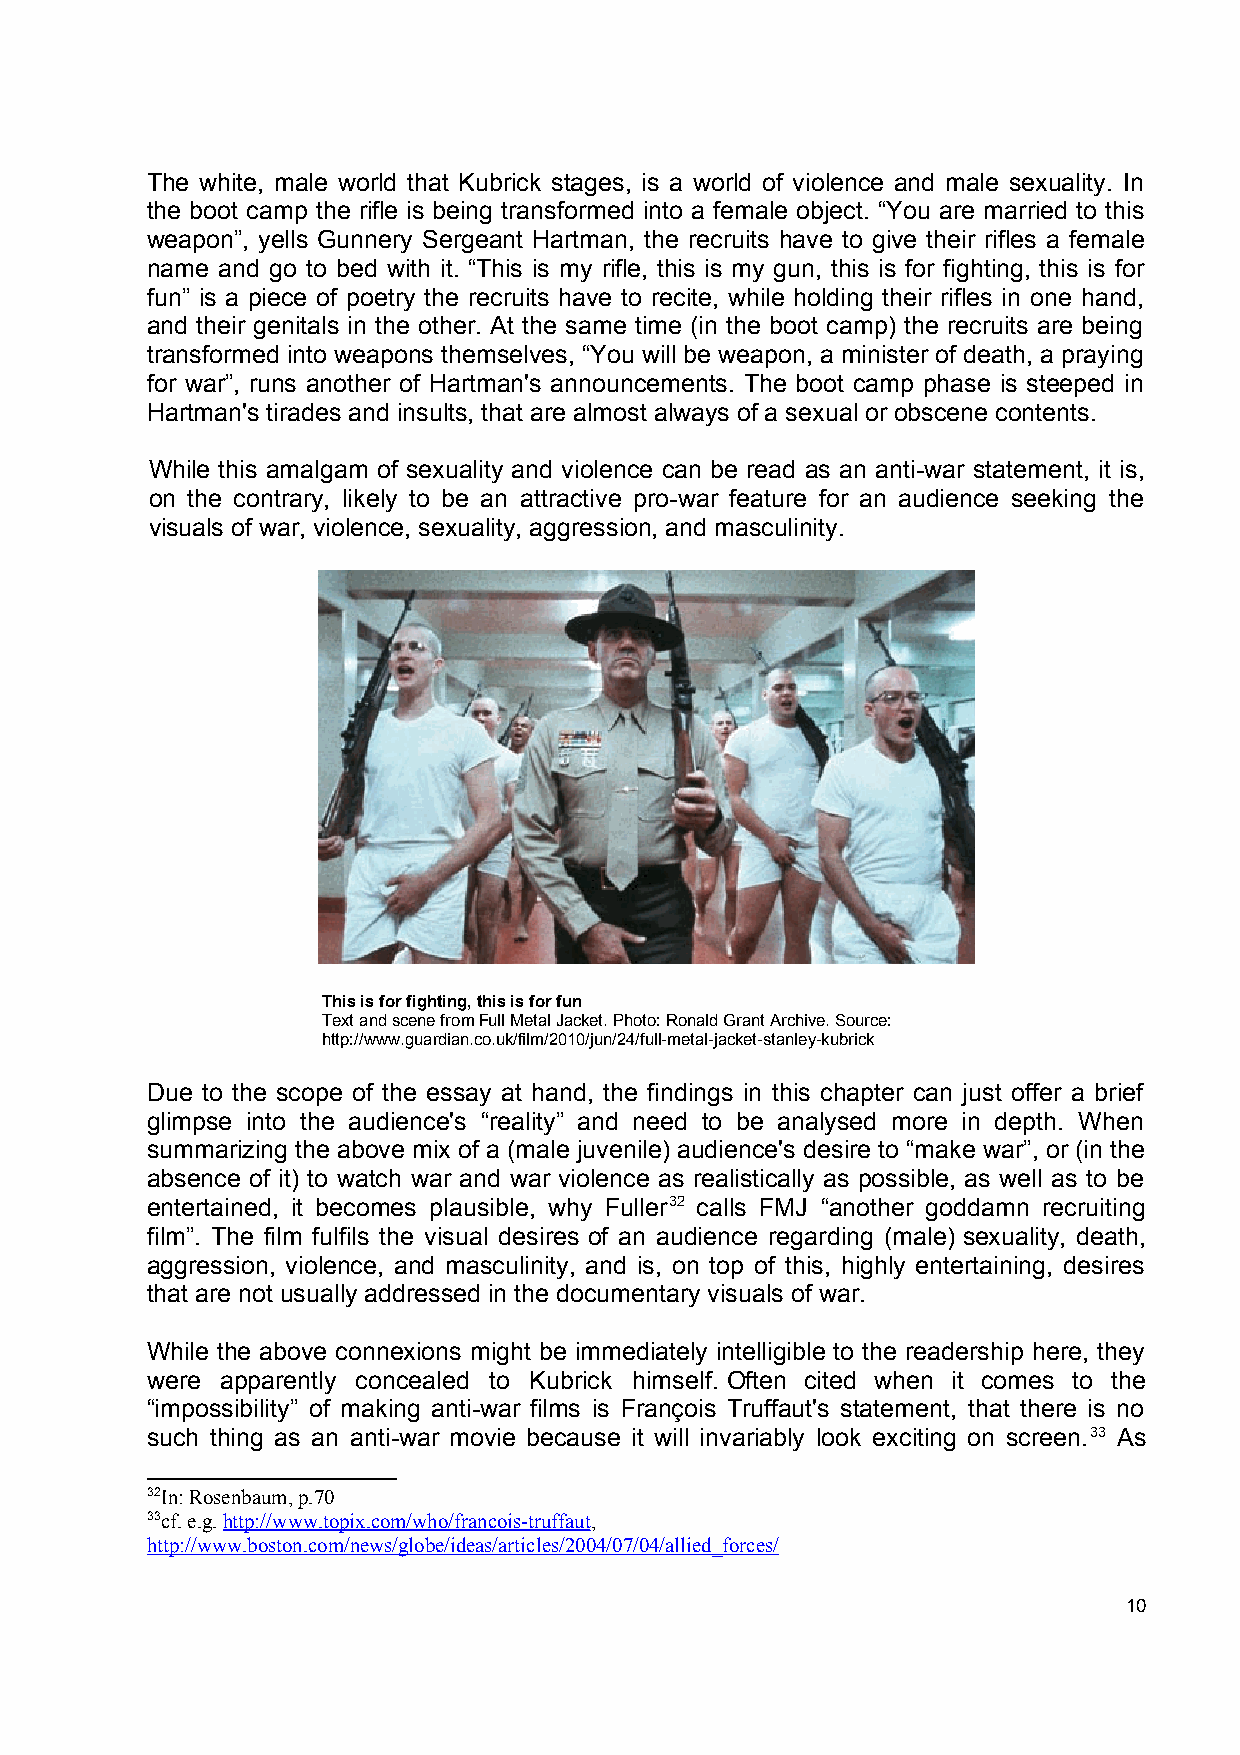
The white, male world that Kubrick stages, is a world of violence and male sexuality. In
 the boot camp the rifle is being transformed into a female object. “You are married to this
 weapon”, yells Gunnery Sergeant Hartman, the recruits have to give their rifles a female
 name and go to bed with it. “This is my rifle, this is my gun, this is for fighting, this is for
 fun” is a piece of poetry the recruits have to recite, while holding their rifles in one hand,
 and their genitals in the other. At the same time (in the boot camp) the recruits are being
 transformed into weapons themselves, “You will be weapon, a minister of death, a praying
 for war”, runs another of Hartman's announcements. The boot camp phase is steeped in
 Hartman's tirades and insults, that are almost always of a sexual or obscene contents.
 While this amalgam of sexuality and violence can be read as an anti-war statement, it is,
 on the contrary, likely to be an attractive pro-war feature for an audience seeking the
 visuals of war, violence, sexuality, aggression, and masculinity.
 This is for fighting, this is for fun
 Text and scene from Full Metal Jacket. Photo: Ronald Grant Archive. Source:
 http://www.guardian.co.uk/film/2010/jun/24/full-metal-jacket-stanley-kubrick
 Due to the scope of the essay at hand, the findings in this chapter can just offer a brief
 glimpse into the audience's “reality” and need to be analysed more in depth. When
 summarizing the above mix of a (male juvenile) audience's desire to “make war”, or (in the
 absence of it) to watch war and war violence as realistically as possible, as well as to be
 entertained, it becomes plausible, why Fuller32 calls FMJ “another goddamn recruiting
 film”. The film fulfils the visual desires of an audience regarding (male) sexuality, death,
 aggression, violence, and masculinity, and is, on top of this, highly entertaining, desires
 that are not usually addressed in the documentary visuals of war.
 While the above connexions might be immediately intelligible to the readership here, they
 were apparently concealed to Kubrick himself. Often cited when it comes to the
 “impossibility” of making anti-war films is François Truffaut's statement, that there is no
 such thing as an anti-war movie because it will invariably look exciting on screen.33 As
 32In: Rosenbaum, p.70
 33cf. e.g. http://www.topix.com/who/francois-truffaut,
 http://www.boston.com/news/globe/ideas/articles/2004/07/04/allied_forces/
 10